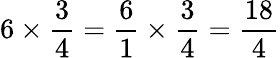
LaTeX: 6\times{\frac{3}{4}}={\frac{6}{1}}\times{\frac{3}{4}}={\frac{18}{4}}